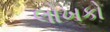
લોખકો